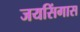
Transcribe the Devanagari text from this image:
जयसिंगास